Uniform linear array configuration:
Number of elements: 24
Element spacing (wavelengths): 1
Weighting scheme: kaiser
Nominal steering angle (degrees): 30
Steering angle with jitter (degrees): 29.011
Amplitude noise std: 0.05
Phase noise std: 0.05

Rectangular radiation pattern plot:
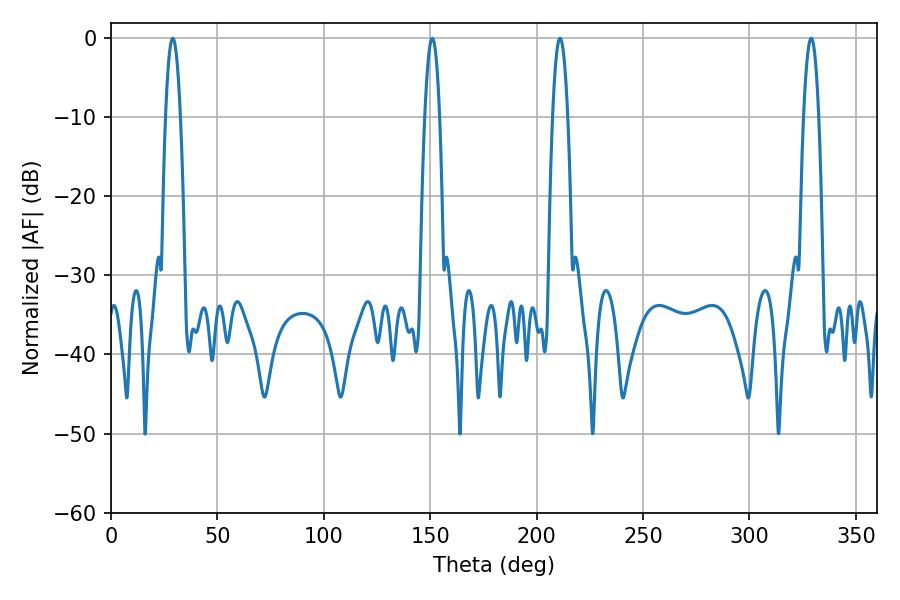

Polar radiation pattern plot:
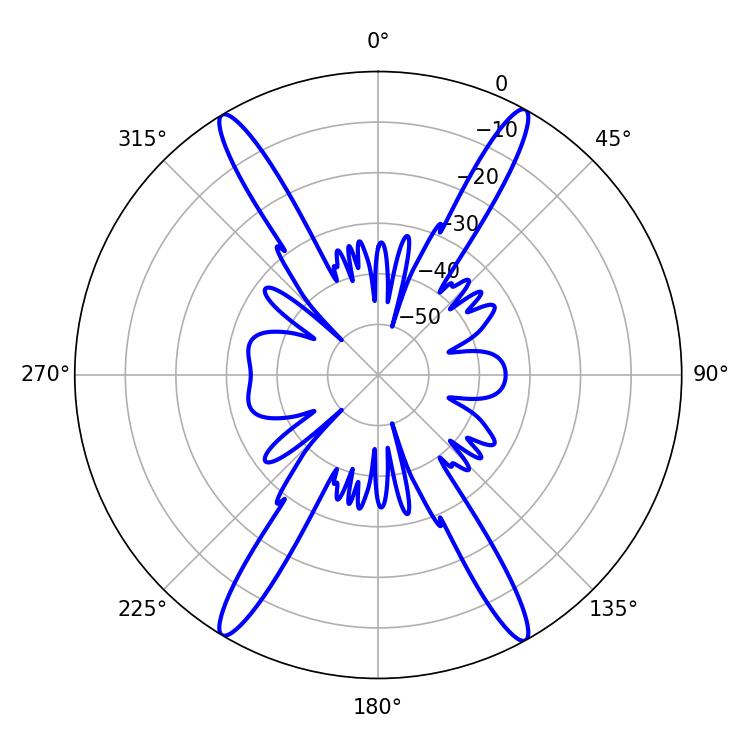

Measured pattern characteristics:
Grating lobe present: TRUE
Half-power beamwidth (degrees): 3.96
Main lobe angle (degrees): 210.96